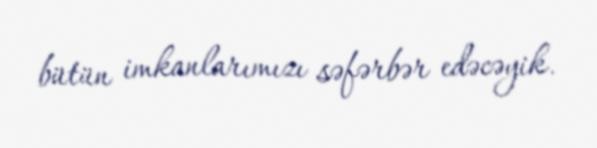
bütün imkanlarımızı səfərbər edəcəyik.